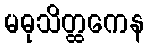
မဓုသိတ္ထကေန